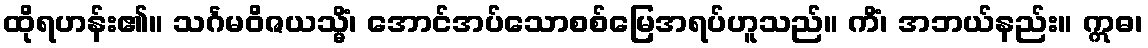
ထိုရဟန်း၏။ သင်္ဂမဝိဇယသ္မိံ၊ အောင်အပ်သောစစ်မြေအရပ်ဟူသည်။ ကိံ၊ အဘယ်နည်း။ ဣဓ၊